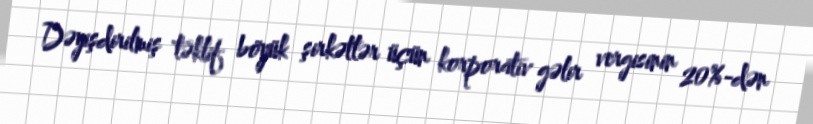
Dəyişdirilmiş təklif böyük şirkətlər üçün korporativ gəlir vergisinin 20%-dən